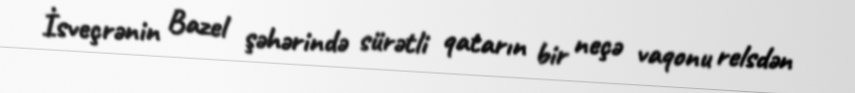
İsveçrənin Bazel şəhərində sürətli qatarın bir neçə vaqonu relsdən